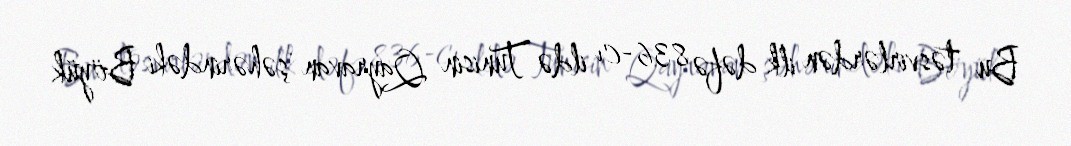
Bu təsvirlərdən ilk dəfə 836-cı ildə Tunisin Qayravan şəhərindəki Böyük